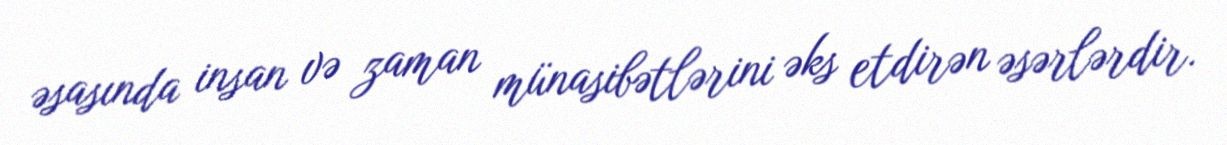
əsasında insan və zaman münasibətlərini əks etdirən əsərlərdir.